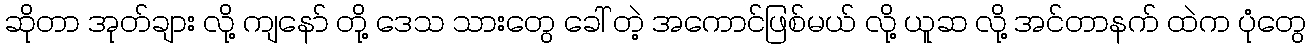
ဆိုတာ အုတ်ချား လို့ ကျနော် တို့ ဒေသ သားတွေ ခေါ် တဲ့ အကောင်ဖြစ်မယ် လို့ ယူဆ လို့ အင်တာနက် ထဲက ပုံတွေ